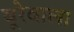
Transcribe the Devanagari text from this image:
बूरेवाला